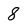
Character: 8